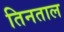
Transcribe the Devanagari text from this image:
तिनताल